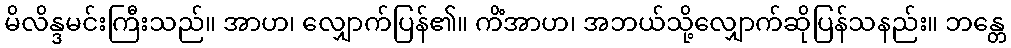
မိလိန္ဒမင်းကြီးသည်။ အာဟ၊ လျှောက်ပြန်၏။ ကိံအာဟ၊ အဘယ်သို့လျှောက်ဆိုပြန်သနည်း။ ဘန္တေ